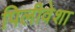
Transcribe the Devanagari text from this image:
पिलीवेशा